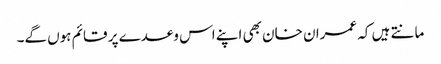
مانتے ہیں کہ عمران خان بھی اپنے اس وعدے پر قائم ہوں گے۔